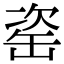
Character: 𦈱